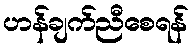
ဟန်ချက်ညီစေရန်